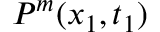
P ^ { m } ( x _ { 1 } , t _ { 1 } )